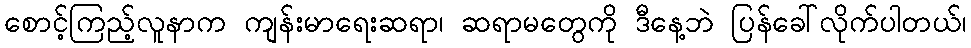
စောင့်ကြည့်လူနာက ကျန်းမာရေးဆရာ၊ ဆရာမတွေကို ဒီနေ့ဘဲ ပြန်ခေါ်လိုက်ပါတယ်၊